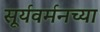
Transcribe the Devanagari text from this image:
सूर्यवर्मनच्या